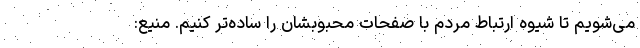
می‌شویم تا شیوه ارتباط مردم با صفحات محبوبشان را ساده‌تر کنیم. منیع: